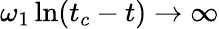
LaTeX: \omega_{1}\ln(t_{c}-t)\to\infty